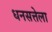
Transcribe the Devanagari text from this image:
धनसत्तेला